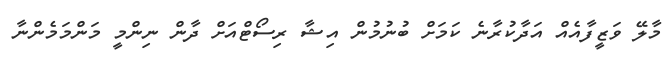
މާލޭ ވަޒީފާއެއް އަދާކުރާނެ ކަމަށް ބުނުމުން އިޝާ ރިސޯޓްއަށް ދާން ނިންމީ މަންމަމެންނާ